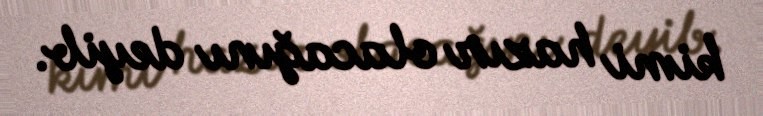
kimi hazır olacağını deyib.